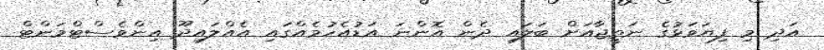
އަދި މި ފިޔަވަޅުގެ ނަތީޖާއަށް ބަލައި ދެން އޮންނަ އަޑުއެހުމެއްގައި އެއްލައިދޫ އިންވެސްޓްމަންޓް